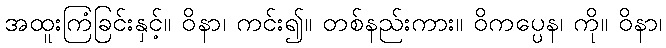
အထူးကြံခြင်းနှင့်။ ဝိနာ၊ ကင်း၍။ တစ်နည်းကား။ ဝိကပ္ပေန၊ ကို။ ဝိနာ၊